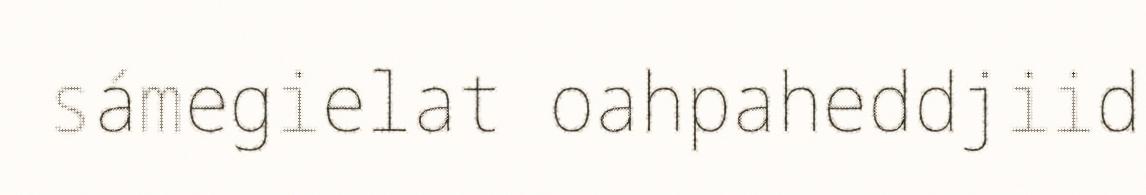
sámegielat oahpaheddjiid